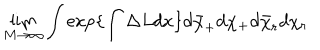
\lim _ { M \rightarrow \infty } \int \exp \{ \int \Delta L d x \} d \bar { \chi } _ { + } d \chi _ { + } d \bar { \chi } _ { r } d \chi _ { r }